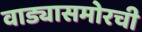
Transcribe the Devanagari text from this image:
वाड्यासमोरची